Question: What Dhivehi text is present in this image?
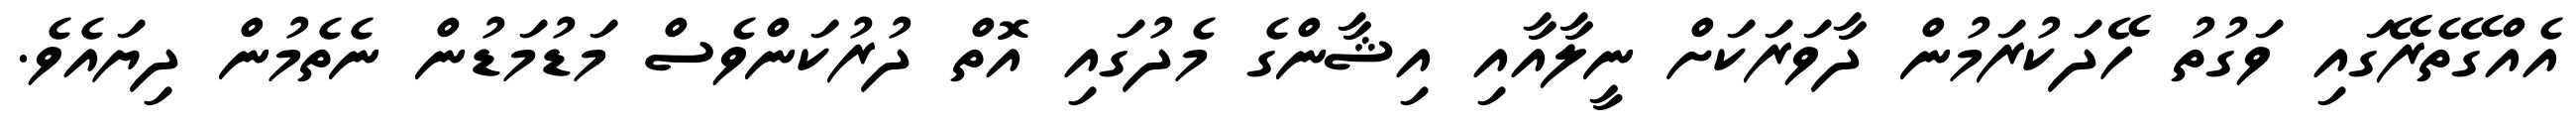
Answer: އެއްގޭތެރޭގައި ވަގުތު ހޭދަކުރަމުން ދާވަރަކަށް ނީލާއާއި އިޝާންގެ މެދުގައި އޮތް ދުރުކަންވެސް މަޑުމަޑުން ނެތެމުން ދިޔައެވެ.